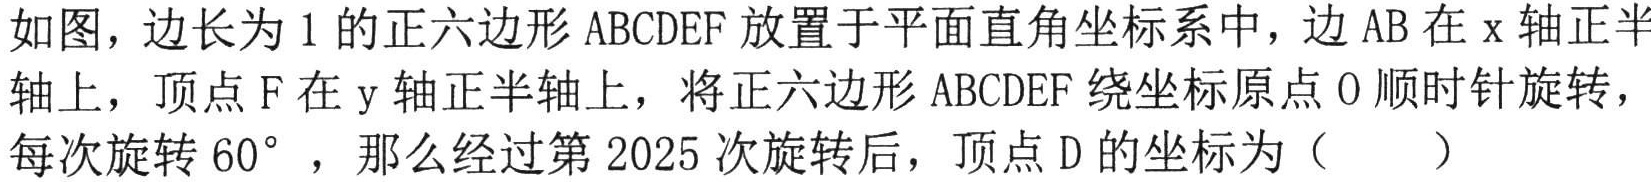
如图，边长为\(1\)的正六边形\(ABCDEF\)放置于平面直角坐标系中，边\(AB\)在\(x\)轴正半轴上，顶点\(F\)在\(y\)轴正半轴上，将正六边形\(ABCDEF\)绕坐标原点\(O\)顺时针旋转，每次旋转\(60^{\circ}\) ，那么经过第\(2025\)次旋转后，顶点\(D\)的坐标为（  ）